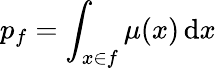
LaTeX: p_{f}=\int_{x\in f}\mu(x)\, \mathrm{d}x